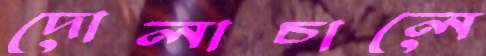
দোলাচালে